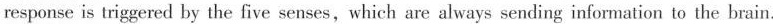
response is triggered by the five senses,which are always sending information to the brain.